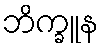
ဘိက္ခူန